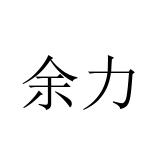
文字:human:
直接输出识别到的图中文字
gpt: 余力